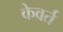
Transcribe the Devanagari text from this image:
केवर्त